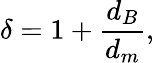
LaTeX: \delta=1+\frac{d_{B}}{d_{m}},